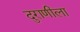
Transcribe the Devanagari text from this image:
दुराणीला